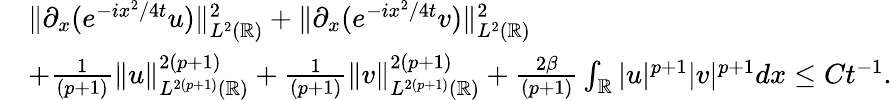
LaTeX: \begin{array}{rl}&{\| \partial_{x}(e^{-ix^{2}/4t}u)\| _{L^{2}(\mathbb{R})}^{2}+\| \partial_{x}(e^{-ix^{2}/4t}v)\| _{L^{2}(\mathbb{R})}^{2}}\\ &{+\frac{1}{(p+1)}\| u\| _{L^{2(p+1)}(\mathbb{R})}^{2(p+1)}+\frac{1}{(p+1)}\| v\| _{L^{2(p+1)}(\mathbb{R})}^{2(p+1)}+\frac{2\beta}{(p+1)}\int_{\mathbb{R}}|u|^{p+1}|v|^{p+1}dx\leq Ct^{-1}.}\end{array}